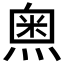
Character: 𱫵